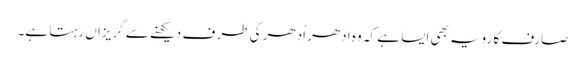
صارف کا رویہ بھی ایسا ہے کہ وہ ادھر اُدھر کی طر ف دیکھنے سے گریزاں رہتا ہے۔